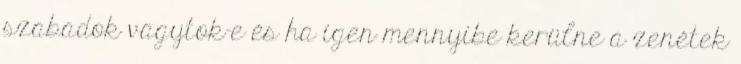
szabadok vagytok-e és ha igen mennyibe kerülne a zenétek